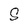
Character: S